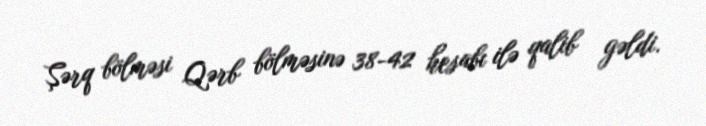
Şərq bölməsi Qərb bölməsinə 38-42 hesabı ilə qalib gəldi.